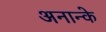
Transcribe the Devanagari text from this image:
अनान्के